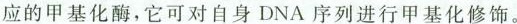
应的甲基化酶，它可对自身DNA序列进行甲基化修饰。